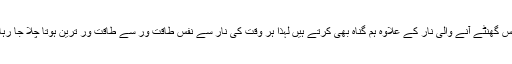
چوبیس گھنٹے آنے والی نار کے علاوہ ہم گناہ بھی کرتے ہیں لہذا ہر وقت کی نار سے نفس طاقت ور سے طاقت ور ترین ہوتا چلا جا رہا ہے۔